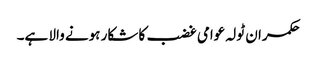
حکمران ٹولہ عوامی غضب کا شکار ہونے والا ہے۔